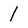
Character: 1